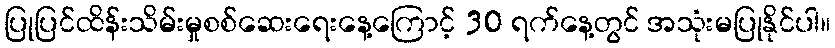
ပြုပြင်ထိန်းသိမ်းမှုစစ်ဆေးရေးနေ့ကြောင့် 30 ရက်နေ့တွင် အသုံးမပြုနိုင်ပါ။